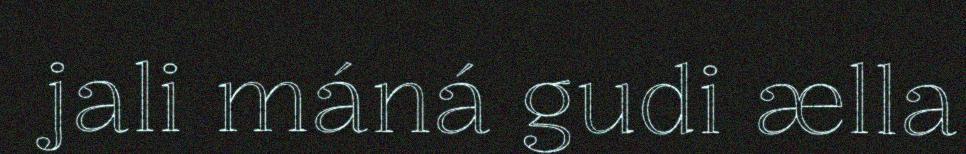
jali máná gudi ælla